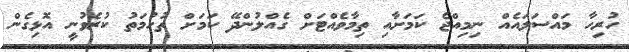
ހުރިހާ މައްސަލައެއް ނިމިއްޖެ ކަމަށާއި ތިމާވެއްޓަށް ގެއްލުންދޭ ކަމަށް ތުހުމަތު ކުރެވުނީ އޮޅިގެން